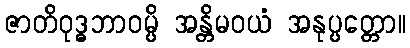
ဇာတိဝုဒ္ဓဘာဝမ္ပိ အန္တိမဝယံ အနုပ္ပတ္တော။